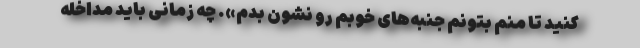
کنید تا منم بتونم جنبه‌های خوبم رو نشون بدم». چه زمانی باید مداخله